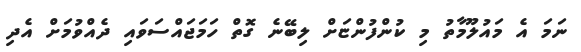
ނަމަ އެ މައުލޫމާތު މި ކުންފުންޏަށް ލިބޭނެ ގޮތް ހަމަޖައްސަވައި ދެއްވުމަށް އެދި